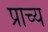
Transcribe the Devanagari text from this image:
प्राच्‍य